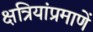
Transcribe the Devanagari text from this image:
क्षत्रियांप्रमाणें